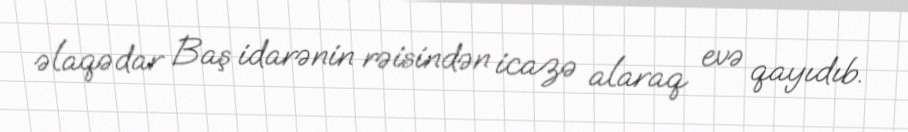
əlaqədar Baş idarənin rəisindən icazə alaraq evə qayıdıb.